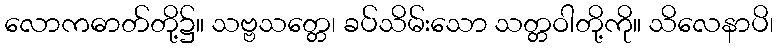
လောကဓာတ်တို့၌။ သဗ္ဗသတ္တေ၊ ခပ်သိမ်းသော သတ္တဝါတို့ကို။ သိလေနာပိ၊